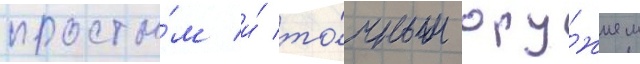
просты́м и́ то́чным ору́жием